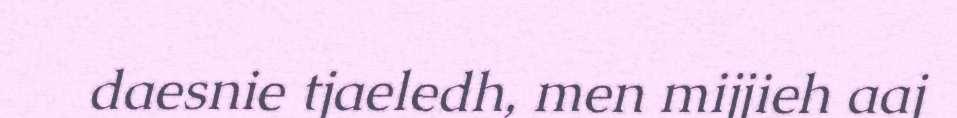
daesnie tjaeledh, men mijjieh aaj